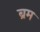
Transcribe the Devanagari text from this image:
ब्रम